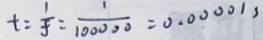
t = \frac { 1 } { f } = \frac { 1 } { 1 0 0 0 0 0 } = 0 . 0 0 0 0 1 s